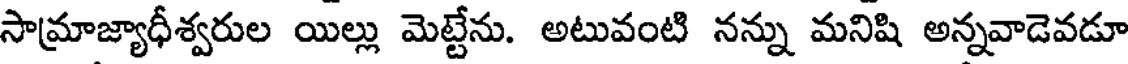
సామ్రాజ్యాధీశ్వరుల యిల్లు మెట్టేను. అటువంటి నన్ను మనిషి అన్నవాడెవడూ